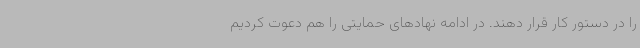
را در دستور کار قرار دهند. در ادامه نهادهای حمایتی را هم دعوت کردیم